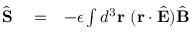
\begin{array} { r l r } { \hat { \bf S } } & { { } = } & { - \epsilon \int d ^ { 3 } { \bf r } \ ( { \bf r } \cdot \hat { \bf E } ) \hat { \bf B } } \end{array}